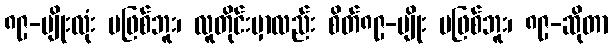
၈၉-မျိုးလုံး မဖြစ်ဘူး၊ လူတိုင်းမှာလည်း စိတ်၈၉-မျိုး မဖြစ်ဘူး၊ ၈၉-ဆိုတာ